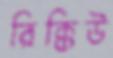
রিক্কিউ